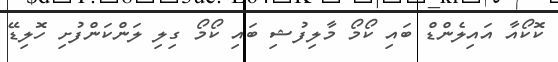
ކޮކޯއާ އައިލެންޑް ބައި ކޯމޯ މާލިފުޝި ބައި ކޯމޯ ގިލި ލަންކަންފުށި ހޮލިޑޭ